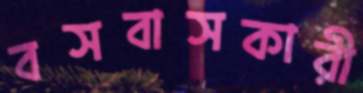
বসবাসকারী